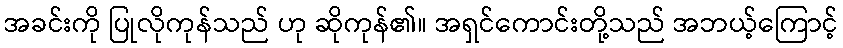
အခင်းကို ပြုလိုကုန်သည် ဟု ဆိုကုန်၏။ အရှင်ကောင်းတို့သည် အဘယ့်ကြောင့်